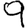
Digit: 9